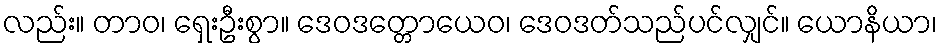
လည်း။ တာဝ၊ ရှေးဦးစွာ။ ဒေဝဒတ္တောယေဝ၊ ဒေဝဒတ်သည်ပင်လျှင်။ ယောနိယာ၊